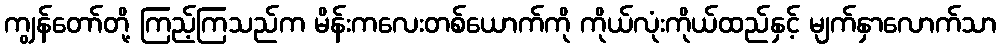
ကျွန်တော်တို့ ကြည့်ကြသည်က မိန်းကလေးတစ်ယောက်ကို ကိုယ်လုံးကိုယ်ထည်နှင့် မျက်နှာလောက်သာ